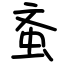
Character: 蚉